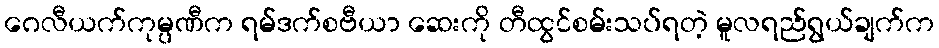
ဂေလီယက်ကုမ္ပဏီက ရမ်ဒက်စဗီယာ ဆေးကို တီထွင်စမ်းသပ်ရတဲ့ မူလရည်ရွယ်ချက်က